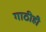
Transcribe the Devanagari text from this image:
गाठीही